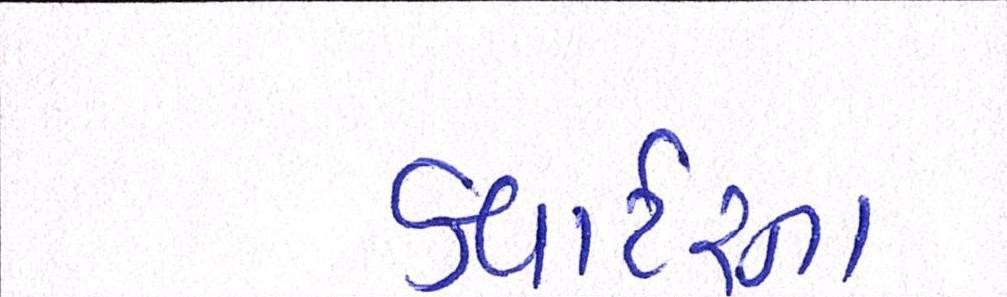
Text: કવાર્ટરના